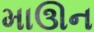
માઊન